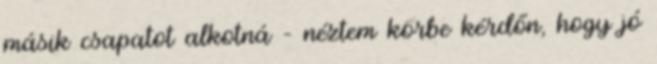
másik csapatot alkotná – néztem körbe kérdőn, hogy jó